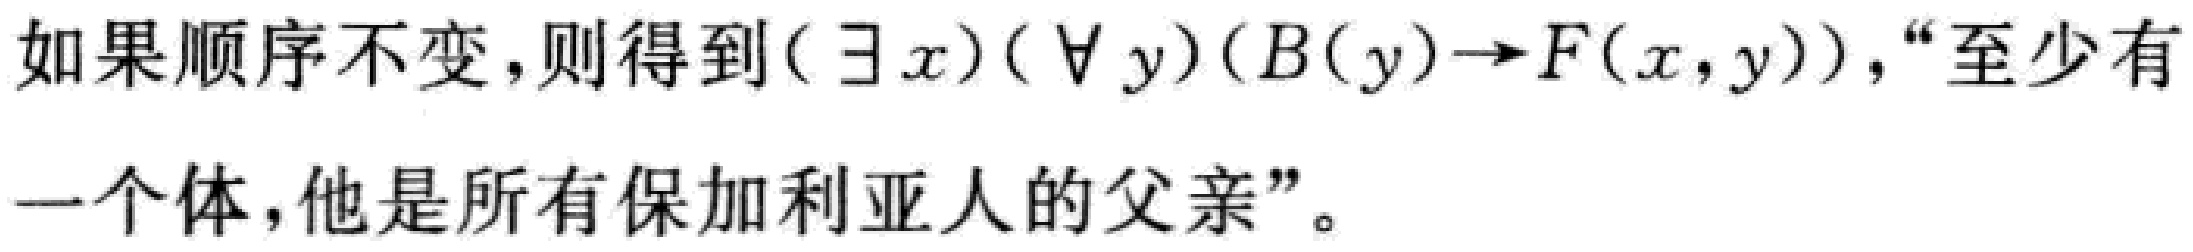
如果顺序不变,则得到$(\exists x)(\forall y)(B(y)\rightarrow F(x,y))$,“至少有一个体，他是所有保加利亚人的父亲”。